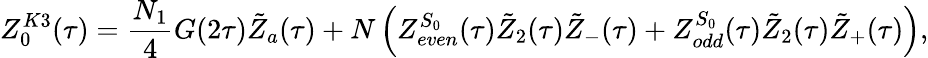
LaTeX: Z_{0}^{K3}(\tau)=\frac{N_{1}}{4}G(2\tau){\tilde{Z}}_{a}(\tau)+N\left(Z_{even}^{S_{0}}(\tau){\tilde{Z}}_{2}(\tau){\tilde{Z}}_{-}(\tau)+Z_{odd}^{S_{0}}(\tau){\tilde{Z}}_{2}(\tau){\tilde{Z}}_{+}(\tau)\right),